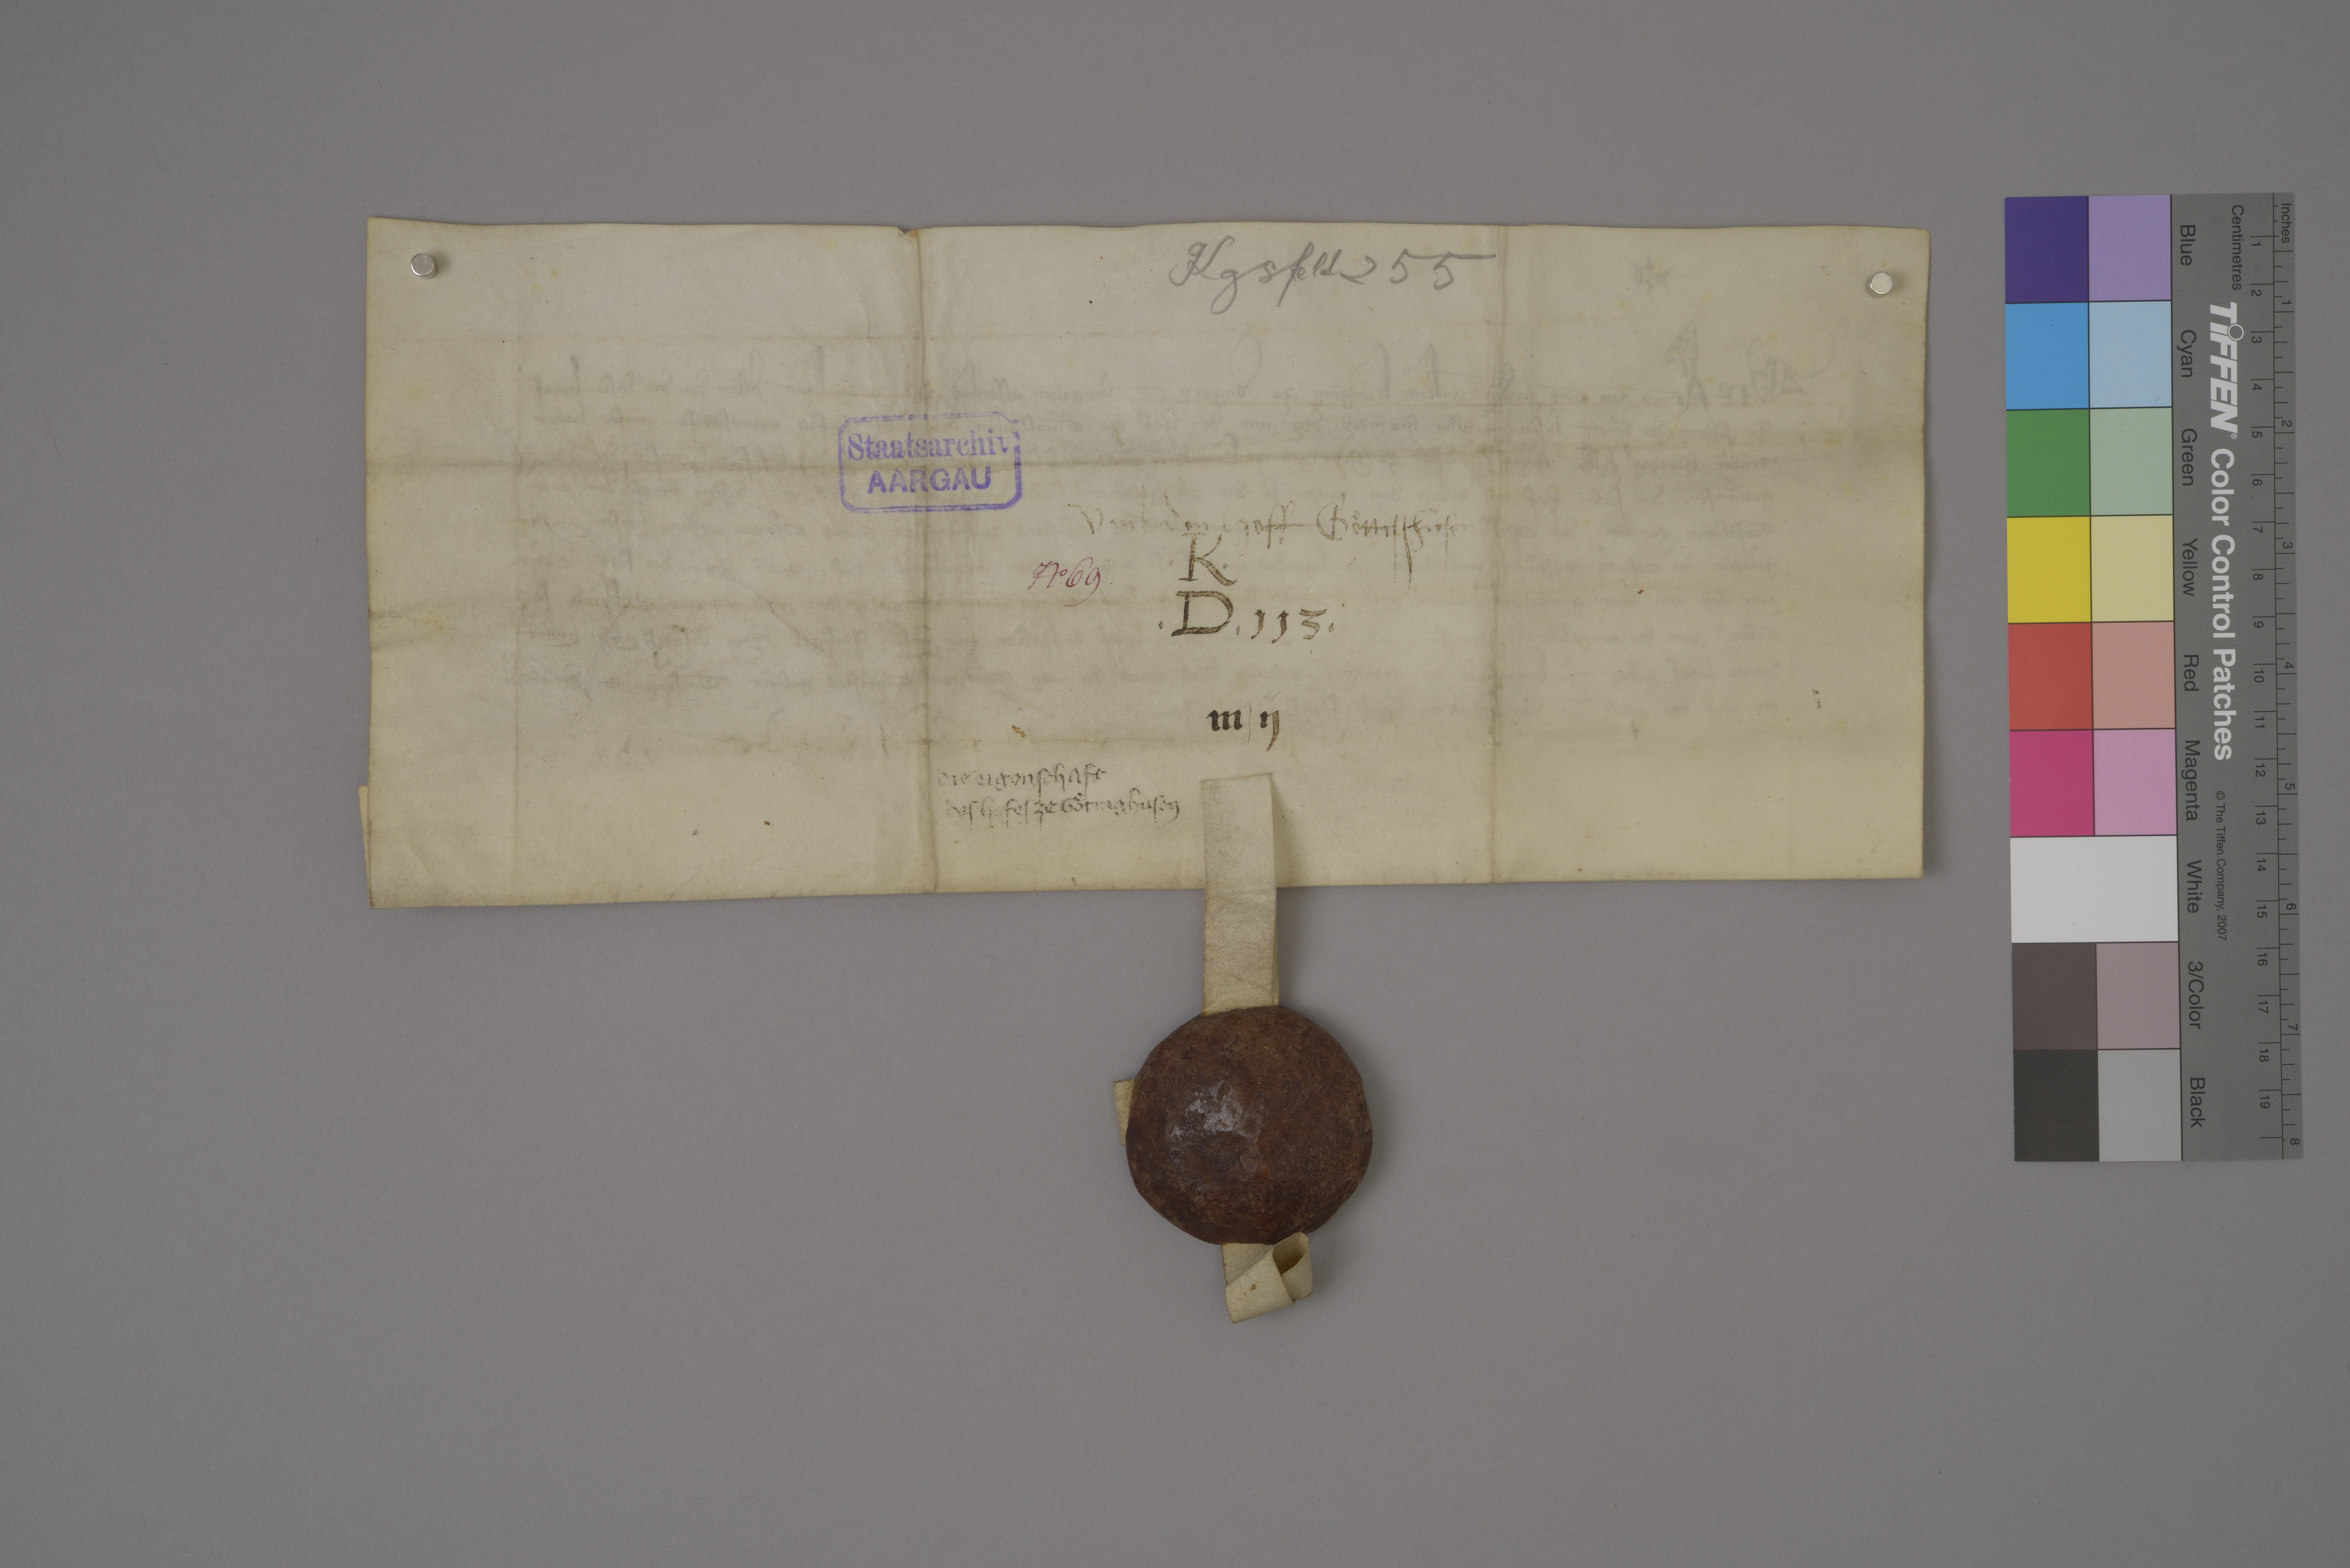
Transcription:
Kgsfeld. 255

Staatsarchiv
AARGAU

umb den hoff Goͤttiszhùsen

✳ K ✳
✳ D ✳ 113 ✳

Nͦ✳ 69 ✳

m ✳ ij

die eigenschaft
des hofes ze Goͤtinghusen